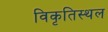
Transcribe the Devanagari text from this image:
विकृतिस्थल